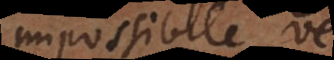
impossibile vel